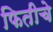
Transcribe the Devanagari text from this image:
फितीचे